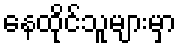
နေထိုင်သူများမှာ